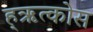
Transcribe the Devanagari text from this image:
ह्ऋत्कोस